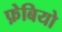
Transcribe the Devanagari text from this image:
फ़ेबियो